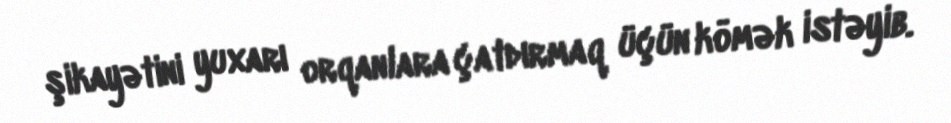
şikayətini yuxarı orqanlara çatdırmaq üçün kömək istəyib.